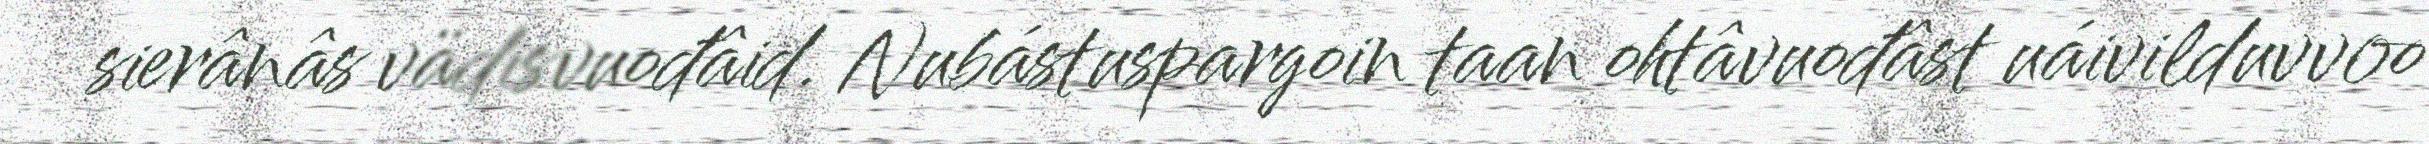
sierânâs vädisvuođâid. Nubástuspargoin taan ohtâvuođâst uáivilduvvoo